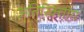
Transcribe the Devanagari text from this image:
अतिरिक्तांग